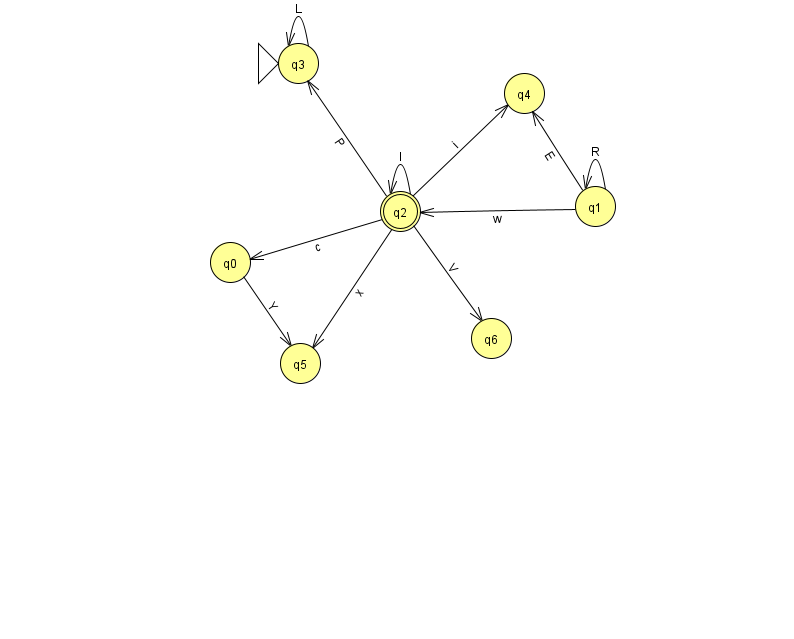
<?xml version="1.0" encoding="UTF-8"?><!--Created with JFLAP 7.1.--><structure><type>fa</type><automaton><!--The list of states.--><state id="0" name="q0"><x>230.0</x><y>249.0</y></state><state id="1" name="q1"><x>595.0</x><y>193.0</y></state><state id="2" name="q2"><x>400.0</x><y>198.0</y><final/></state><state id="3" name="q3"><x>298.0</x><y>50.0</y><initial/></state><state id="4" name="q4"><x>524.0</x><y>80.0</y></state><state id="5" name="q5"><x>300.0</x><y>350.0</y></state><state id="6" name="q6"><x>491.0</x><y>325.0</y></state><!--The list of transitions.--><transition><from>1</from><to>1</to><read>R</read></transition><transition><from>0</from><to>5</to><read>Y</read></transition><transition><from>2</from><to>4</to><read>i</read></transition><transition><from>2</from><to>5</to><read>x</read></transition><transition><from>1</from><to>2</to><read>w</read></transition><transition><from>2</from><to>0</to><read>c</read></transition><transition><from>1</from><to>4</to><read>E</read></transition><transition><from>2</from><to>3</to><read>P</read></transition><transition><from>2</from><to>2</to><read>l</read></transition><transition><from>2</from><to>6</to><read>V</read></transition><transition><from>3</from><to>3</to><read>L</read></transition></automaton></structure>